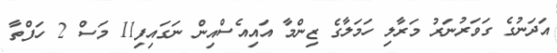
އަދަނުގެ ގަވަރުނަރު މަރާލި ހަމަލާގެ ޒިންމާ އައިއެސްއިން ނަގައިފި11 މަސް 2 ހަފްތާ